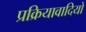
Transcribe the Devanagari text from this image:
प्रक्रियावादियों